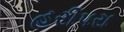
હરીપરા